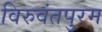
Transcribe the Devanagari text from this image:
विरुवंतपुरम